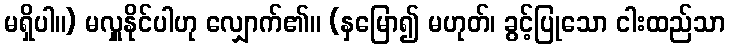
မရှိပါ။) မလှူနိုင်ပါဟု လျှောက်၏။ (နှမြော၍ မဟုတ်၊ ခွင့်ပြုသော ငါးထည်သာ